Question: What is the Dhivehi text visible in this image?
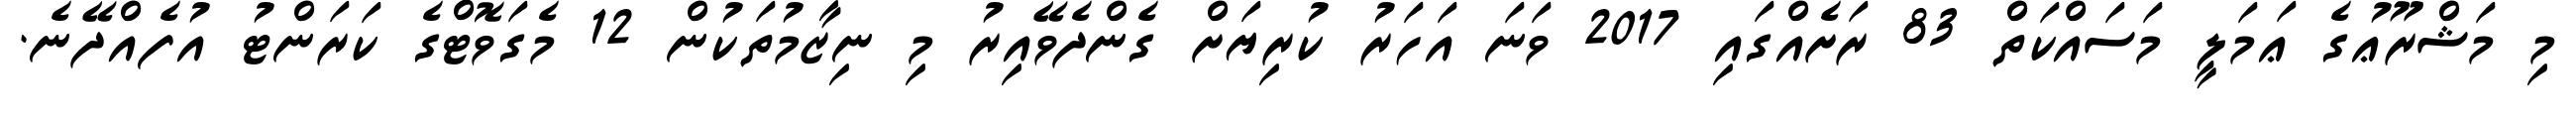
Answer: މި މަޝްރޫޢުގެ ޢަމަލީ މަސައްކަތް 83 ރަށެއްގައި 2017 ވަނަ އަހަރު ކުރިޔަށް ގެންދެވޭއިރު މި ނިޒާމުތަކުން 12 މެގަވޮޓްގެ ކަރަންޓު އުފެއްދޭނެ.